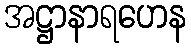
အဋ္ဌာနာရဟေန